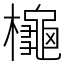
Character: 櫷